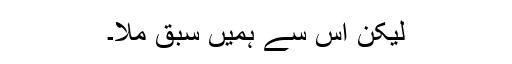
لیکن اس سے ہمیں سبق ملا۔